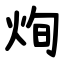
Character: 㶷